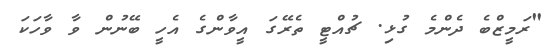
"ރަމީޒްބެ ދެންމެ ގުޅި. ޗުއްޓީ ތެރޭގަ އީވާންގެ އެހީ ބޭނުން ވާ ވާހަކަ